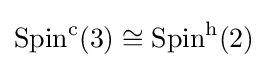
\operatorname {Spin} ^{\mathrm {c} }(3)\cong \operatorname {Spin} ^{\mathrm {h} }(2)